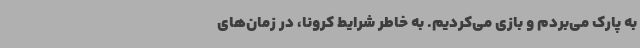
به پارک می‌بردم و بازی می‌کردیم. به خاطر شرایط کرونا، در زمان‌های